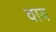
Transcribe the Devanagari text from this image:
वाब